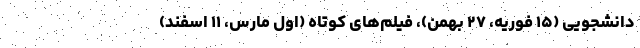
دانشجویی (۱۵ فوریه، ۲۷ بهمن)، فیلم‌های کوتاه (اول مارس، ۱۱ اسفند)